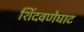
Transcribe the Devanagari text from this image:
शिंदवणेघाट